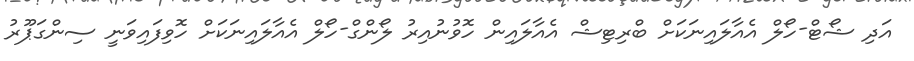
އަދި ޝޯޓް-ހޯލް އެއާލައިނަކަށް ބްރިޓިޝް އެއާލައިން ހޮވުނުއިރު ލޯންގް-ހޯލް އެއާލައިނަކަށް ހޮވިފައިވަނީ ސިންގަޕޫރު